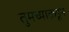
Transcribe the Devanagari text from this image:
तुमच्याक़डून